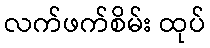
လက်ဖက်စိမ်း ထုပ်